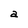
Character: a